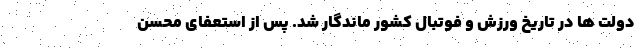
دولت ها در تاریخ ورزش و فوتبال کشور ماندگار شد. پس از استعفای محسن